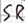
Text: SR